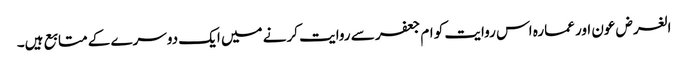
الغرض عون اور عمارہ اس روایت کو ام جعفر سے روایت کرنے میں ایک دوسرے کے متابع ہیں۔